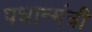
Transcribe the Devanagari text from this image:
पधान्मंत्री